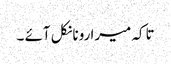
تاکہ میرا رونا نکل آئے ۔